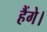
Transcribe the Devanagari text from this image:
हैंगे।